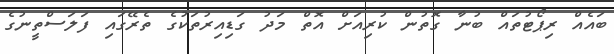
ބައެއް ރިޕޯޓުތައް ބުނާ ގޮތުން ކުރިއަށް އޮތް މަދު ގަޑިއިރުތަކުގެ ތެރޭގައި ފަލަސްތީނުގެ